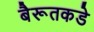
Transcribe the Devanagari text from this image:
बैरूतकडे